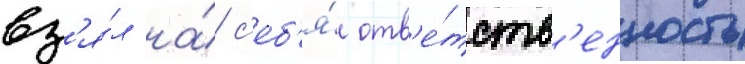
вз'я́л на́ с'еб'я́ отв'е́тств'енность